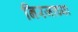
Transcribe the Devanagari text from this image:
निरजाच्या